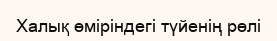
Халық өміріндегі түйенің рөлі